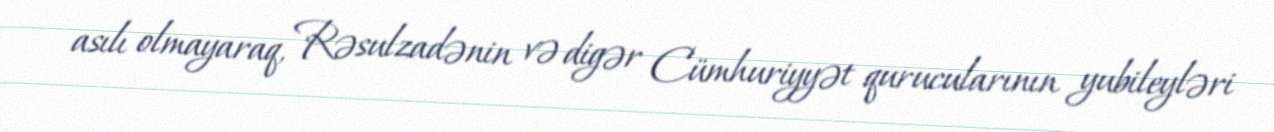
asılı olmayaraq, Rəsulzadənin və digər Cümhuriyyət qurucularının yubileyləri